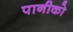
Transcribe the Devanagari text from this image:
पानीको